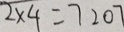
2 \times 4 = 7 2 0 7